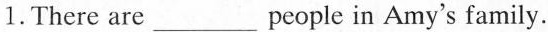
l.There are ___ people in Amy's family.